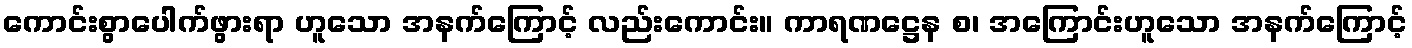
ကောင်းစွာပေါက်ဖွားရာ ဟူသော အနက်ကြောင့် လည်းကောင်း။ ကာရဏဋ္ဌေန စ၊ အကြောင်းဟူသော အနက်ကြောင့်